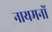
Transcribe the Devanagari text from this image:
नायमनों